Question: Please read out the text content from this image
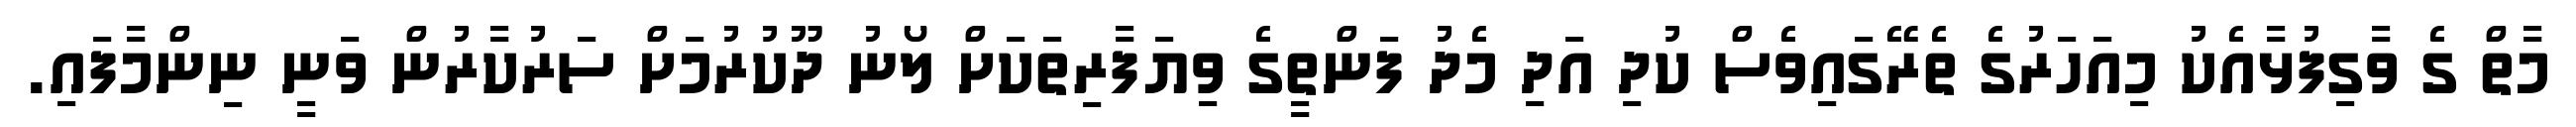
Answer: މާތް ގެ ވާގިފުޅާއެކު މިއަހަރުގެ ތެރޭގައިވެސް ކުދި އަދި މެދު ފަންތީގެ ވިޔަފާރިތަކަށް ލޯނު ދޫކުރުމަށް ސަރުކާރުން ވަނީ ނިންމާފައި.